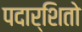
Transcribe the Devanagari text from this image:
पदार्शितो